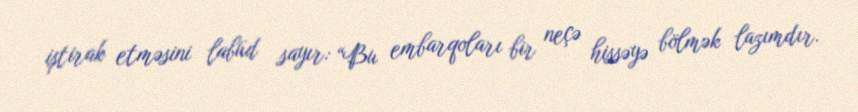
iştirak etməsini labüd sayır: “Bu embarqoları bir neçə hissəyə bölmək lazımdır.